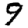
Digit: 9